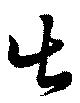
出